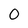
Character: 0